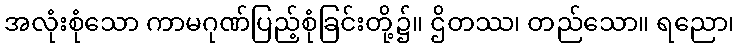
အလုံးစုံသော ကာမဂုဏ်ပြည့်စုံခြင်းတို့၌။ ဌိတဿ၊ တည်သော။ ရညော၊